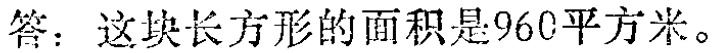
答：这块长方形的面积是\(960\)平方米。